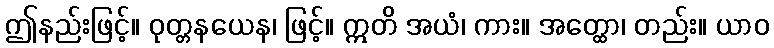
ဤနည်းဖြင့်။ ဝုတ္တနယေန၊ ဖြင့်။ ဣတိ အယံ၊ ကား။ အတ္ထော၊ တည်း။ ယာဝ